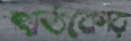
হার্ডকোর